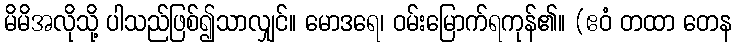
မိမိအလိုသို့ ပါသည်ဖြစ်၍သာလျှင်။ မောဒရေ၊ ဝမ်းမြောက်ရကုန်၏။ (ဧဝံ တထာ တေန